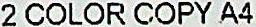
2 COLOR COPY A4